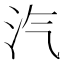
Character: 汽